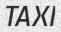
TAXI